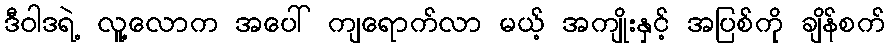
ဒီဝါဒရဲ့ လူ့လောက အပေါ် ကျရောက်လာ မယ့် အကျိုးနှင့် အပြစ်ကို ချိန်စက်